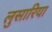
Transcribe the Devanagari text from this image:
लुसारिया